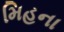
મિહના